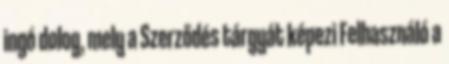
ingó dolog, mely a Szerződés tárgyát képezi Felhasználó a